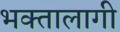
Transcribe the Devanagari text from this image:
भक्‍तालागी